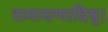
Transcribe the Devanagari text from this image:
रामायणादिषु।